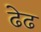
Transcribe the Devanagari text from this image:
ढेढ